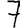
Digit: 7